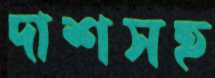
দাশসহ